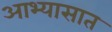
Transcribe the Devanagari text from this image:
आभ्यासात